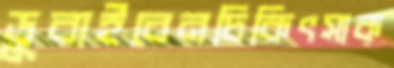
ডুবাইবেনচিকিৎসাক্